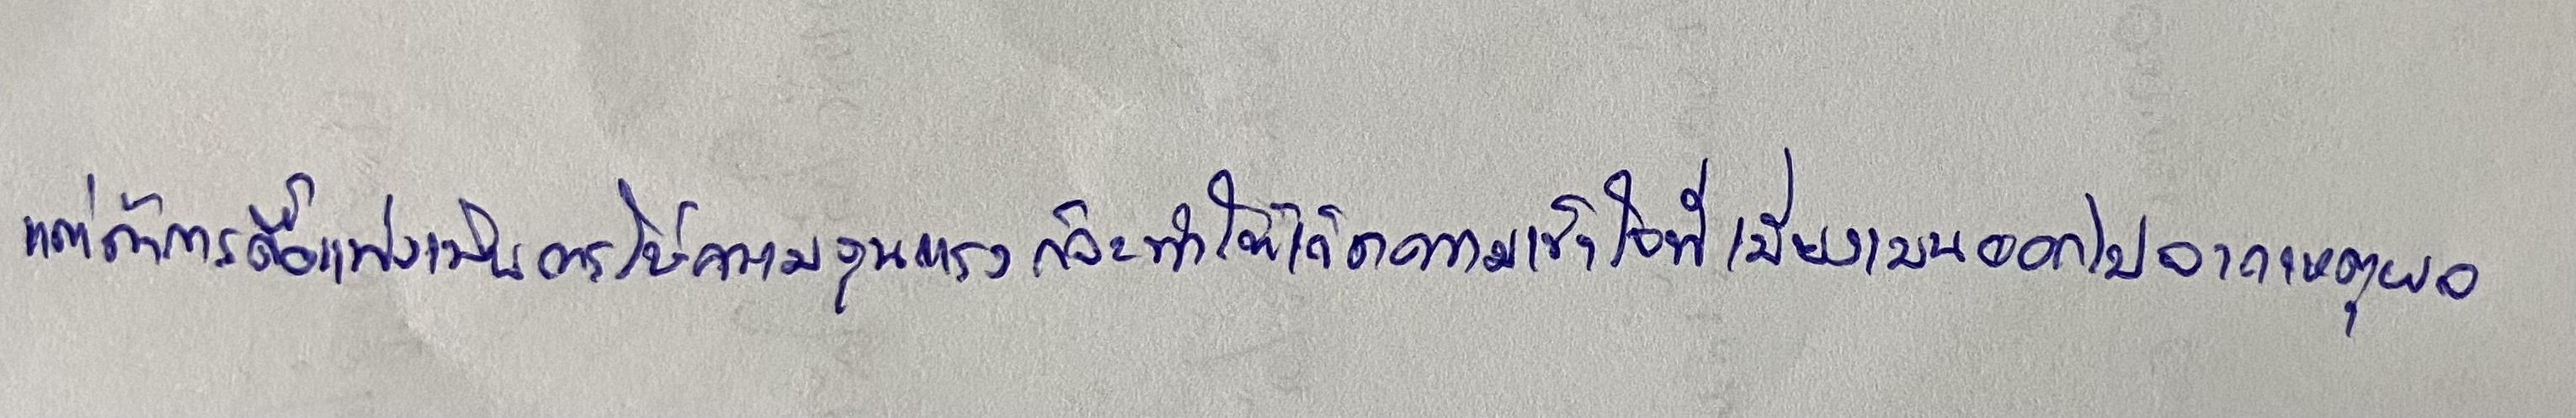
แต่ถ้าการดื้อแพ่งเป็นการใช้ความรุนแรงก็จะทำให้เกิดความเข้าใจที่เบี่ยงเบนออกไปจากเหตุผล